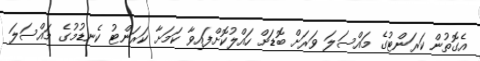
އެގޮތުން ކަރަންޓުގެ މައްސަލަ ވަރަށް ބޮޑަށް ހައްލުކޮށްފައިވާ ކަމަށާ ކަރަންޓު ކެނޑުމުގެ މައްސަލަ